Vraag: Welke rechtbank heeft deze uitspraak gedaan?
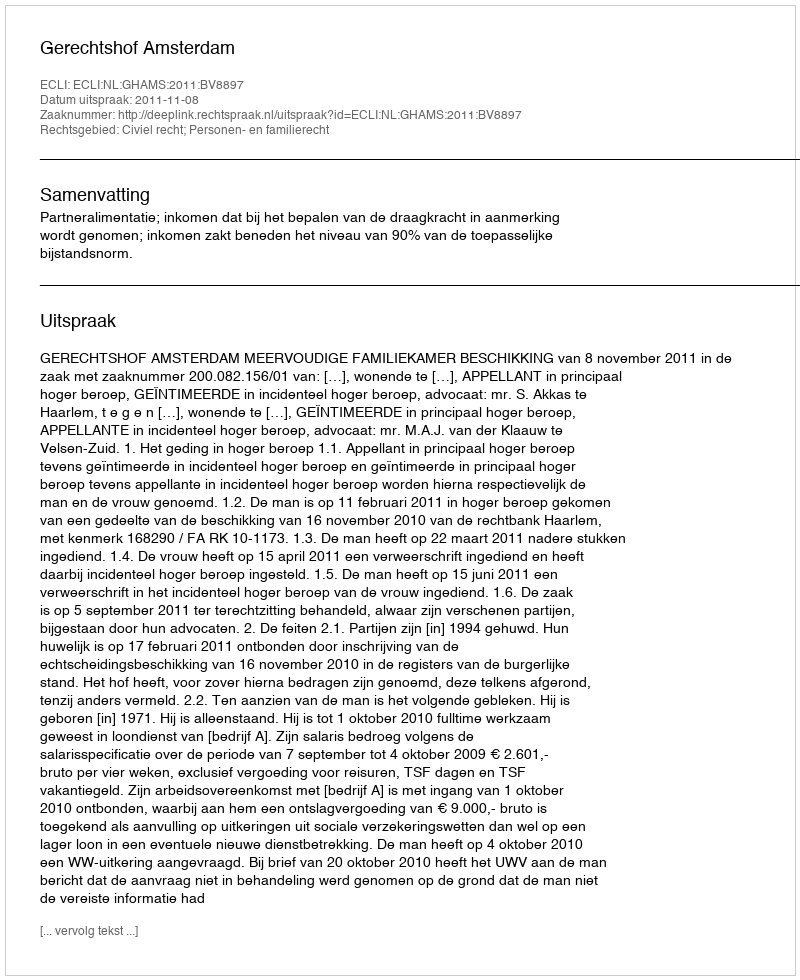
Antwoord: Gerechtshof Amsterdam